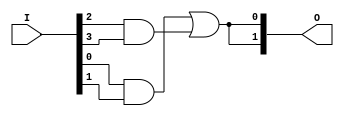
module GAL (
    input wire [N-1:0] I,      // Input signals (I1, I2, ..., In)
    output wire [M-1:0] O      // Output signals (O1, O2, ..., Om)
);

// Parameters for the number of inputs and outputs
parameter N = 4; // Number of inputs
parameter M = 2; // Number of outputs
parameter P = 8; // Number of product terms (AND gates)

// Internal signals for product terms
wire [P-1:0] product_terms;

// AND array (programmable)
generate
    genvar i, j;
    for (i = 0; i < P; i = i + 1) begin : and_array
        // Example: Each product term can be programmed
        // Here we use a simple example of ANDing some inputs
        assign product_terms[i] = (I[0] & I[1]) | (I[2] & I[3]); // Example logic
    end
endgenerate

// OR array (fixed)
assign O[0] = product_terms[0] | product_terms[1]; // Example output logic
assign O[1] = product_terms[2] | product_terms[3]; // Example output logic

endmodule